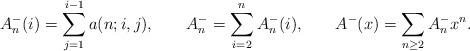
LaTeX: \begin{align*}A_n^-(i)&=\sum_{j=1}^{i-1}a(n;i,j),&&A_n^-=\sum_{i=2}^nA_n^-(i),&&A^-(x)=\sum_{n\geq2}A_n^-x^n.\end{align*}